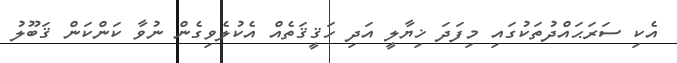
އެކި ސަރަޙައްދުތަކުގައި މިފަދަ ޚިޔާލީ އަދި ހަޤީޤަތެއް އެކުލެވިގެން ނުވާ ކަންކަން ޤަބޫލު